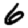
Digit: 6